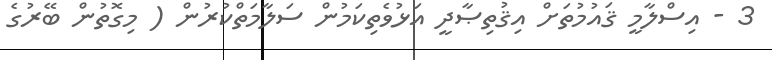
3 - އިސްލާމީ ޤައުމުތަށް އިޤުތިޞާދީ އަޅުވެތިކަމުން ސަލާމަތްކުރުން ( މިގޮތުން ބޭރުގެ